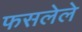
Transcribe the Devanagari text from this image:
फसलेले